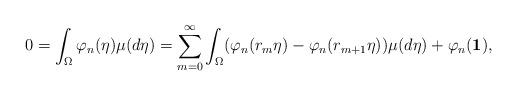
LaTeX: \begin{align*} 0 = \int_\Omega \varphi_n(\eta) \mu(d\eta) = \sum_{m=0}^\infty \int_\Omega (\varphi_n(r_m \eta) - \varphi_n(r_{m+1}\eta))\mu(d\eta) + \varphi_n(\mathbf{1}), \end{align*}